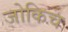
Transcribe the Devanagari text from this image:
जोकिच